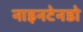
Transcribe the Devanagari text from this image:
नाइनटेनडो